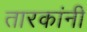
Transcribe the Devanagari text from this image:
तारकांनी